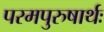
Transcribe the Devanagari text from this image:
परमपुरुषार्थः